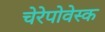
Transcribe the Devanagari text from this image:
चेरेपोवेस्क